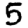
Digit: 5